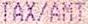
TAX/AMT